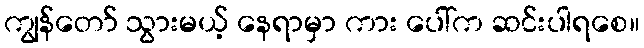
ကျွန်တော် သွားမယ့် နေရာမှာ ကား ပေါ်က ဆင်းပါရစေ။